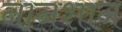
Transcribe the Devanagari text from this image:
नानशान